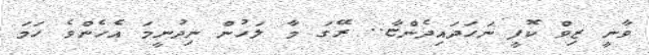
ވާނީ ޒިވް ކޮފީ ނަހަދައިދެންޏާ.. ރޭގަ މާ ލަހުން ނިދުނީމަ އެހެންވެ ހަމަ